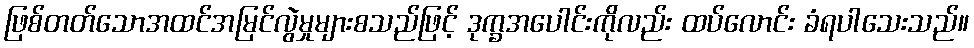
ဖြစ်တတ်သောအထင်အမြင်လွဲမှုများစသည်ဖြင့် ဒုက္ခအပေါင်းကိုလည်း ထပ်လောင်း ခံရပါသေးသည်။